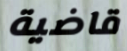
قاضية